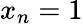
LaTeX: x_{n}=1